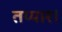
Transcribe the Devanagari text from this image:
तय्यार।